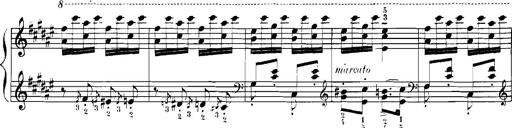
Title: Rhapsodies hongroises
Composer: Franz Liszt